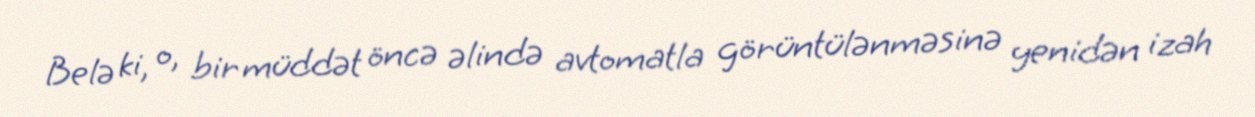
Belə ki, o, bir müddət öncə əlində avtomatla görüntülənməsinə yenidən izah